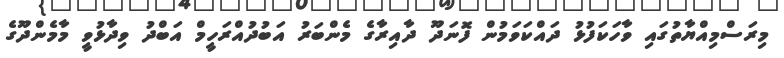
މިރަސްމިއްޔާތުގައި ވާހަކަފުޅު ދައްކަވަމުން ފޮނަދޫ ދާއިރާގެ މެންބަރު އަބުދުއްރަހީމް އަބްދު ވިދާޅުވީ މާމެންދޫގެ